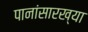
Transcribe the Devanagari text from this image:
पानांसारख्या